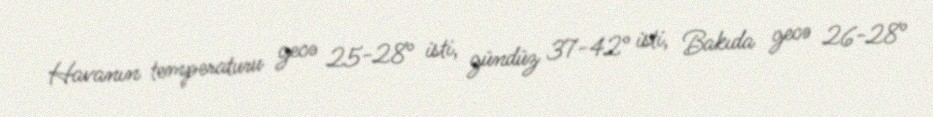
Havanın temperaturu gecə 25-28° isti, gündüz 37-42° isti, Bakıda gecə 26-28°